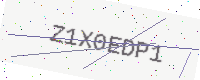
Text: Z1X0EDP1